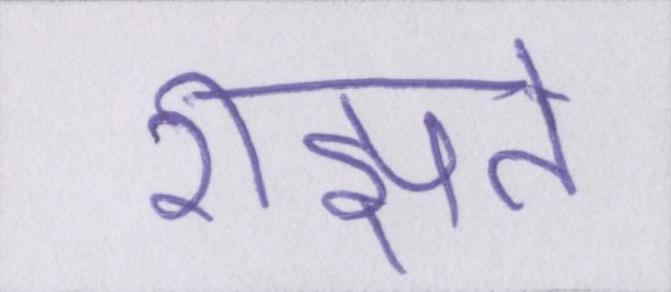
रीझते